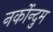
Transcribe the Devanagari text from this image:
नर्कोन्दुम